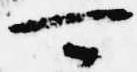
可